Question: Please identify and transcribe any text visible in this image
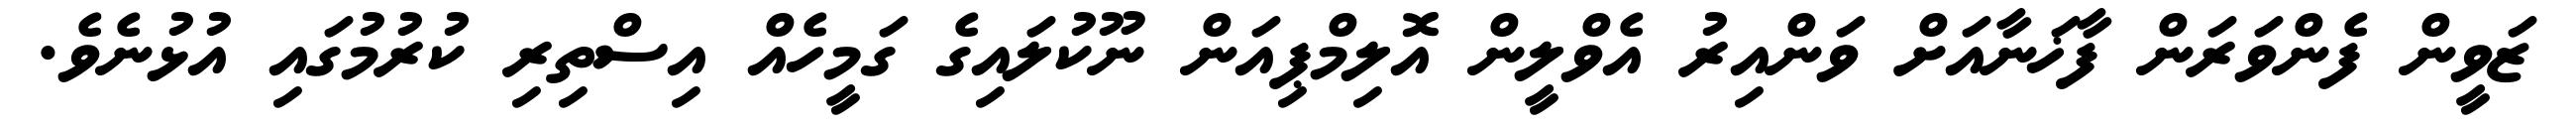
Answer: ޒަވީން ފެންވަރަން ފާޚަނާއަށް ވަންއިރު އެވްލީން އޮލިމްޕިއަން ނޫކުލައިގެ ގަމީހެއް އިސްތިރި ކުރުމުގައި އުޅުނެވެ.